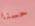
حسنا